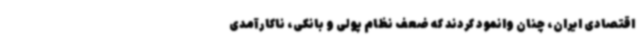
اقتصادی ایران، چنان وانمود کردند که ضعف نظام پولی و بانکی، ناکارآمدی